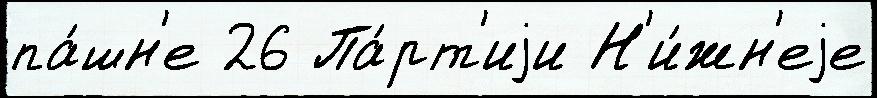
па́шн'е 26 Па́рт'иjи Н'и́жн'еjе